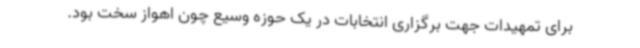
برای تمهیدات جهت برگزاری انتخابات در یک حوزه وسیع چون اهواز سخت بود.